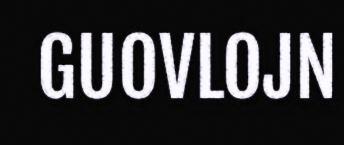
GUOVLOJN